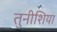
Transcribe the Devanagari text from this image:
तुनीशिया